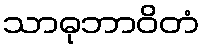
သာဓုဘာဝိတံ